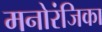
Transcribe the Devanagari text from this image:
मनोरंजिका